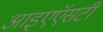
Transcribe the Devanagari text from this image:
आइएऍसटी